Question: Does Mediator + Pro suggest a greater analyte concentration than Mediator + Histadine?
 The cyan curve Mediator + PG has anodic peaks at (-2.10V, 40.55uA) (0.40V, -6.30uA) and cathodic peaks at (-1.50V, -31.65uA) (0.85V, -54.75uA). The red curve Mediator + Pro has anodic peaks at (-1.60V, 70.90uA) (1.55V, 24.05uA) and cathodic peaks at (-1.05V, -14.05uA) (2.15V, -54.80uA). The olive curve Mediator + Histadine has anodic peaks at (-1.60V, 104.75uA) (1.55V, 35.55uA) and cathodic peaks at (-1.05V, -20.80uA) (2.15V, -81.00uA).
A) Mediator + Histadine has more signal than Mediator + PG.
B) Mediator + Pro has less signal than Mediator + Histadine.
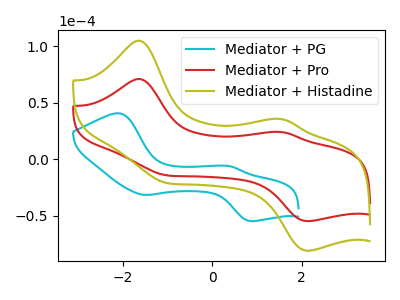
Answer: <think>All the peaks in "Mediator + Pro" have a peak in "Mediator + Histadine" at the same potential. Every peak in "Mediator + Pro" is lower than every peak in "Mediator + Histadine".
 </think>
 <answer>B) "Mediator + Pro" has less signal than "Mediator + Histadine".</answer>
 <eval>B</eval>